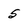
Character: 5